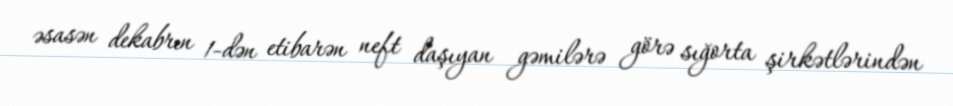
əsasən dekabrın 1-dən etibarən neft daşıyan gəmilərə görə sığorta şirkətlərindən